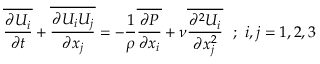
\overline { { { \frac { \partial U _ { i } } { \partial t } } } } + \overline { { { \frac { \partial U _ { i } U _ { j } } { \partial x _ { j } } } } } = - { \frac { 1 } { \rho } } \overline { { { \frac { \partial P } { \partial x _ { i } } } } } + \nu \overline { { { \frac { \partial ^ { 2 } U _ { i } } { \partial x _ { j } ^ { 2 } } } } } ~ ~ ; ~ i , j = 1 , 2 , 3